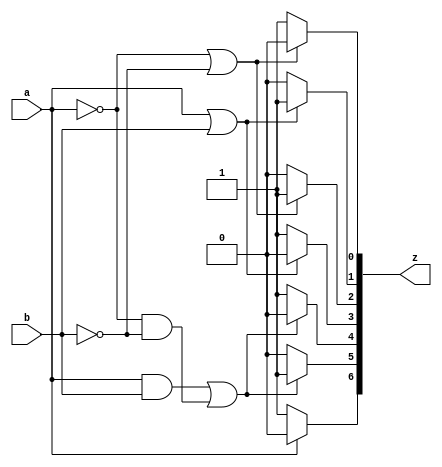
//Verilog-All-Models
//Implementing The Basic Gates Using All Abstraction Levels

//behaviour

`timescale 1ns / 1ps
module basicGates_Behaviour(
input a,b,
output reg [6:0]z );

always @(a or b)
begin
//and
if(a==0|b==0)
z[0]=0;
else
z[0]=1;
//or
if(a==1|b==1)
z[1]=1;
else
z[1]=0;
//nand
if(a==0|b==0)
z[2]=1;
else
z[2]=0;
//nor
if(a==1|b==1)
z[3]=0;
else
z[3]=1;
//xor
if((a==1&&b==1)|(a==0&&b==0))
z[4]=0;
else
z[4]=1;
//xnor
if((a==1&&b==1)|(a==0&&b==0))
z[5]=1;
else
z[5]=0;
//not
if(a==1)
z[6]=0;
else
z[6]=1;
end
endmodule